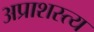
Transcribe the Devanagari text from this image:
अप्राशस्त्य